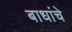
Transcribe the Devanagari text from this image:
बाधांचे